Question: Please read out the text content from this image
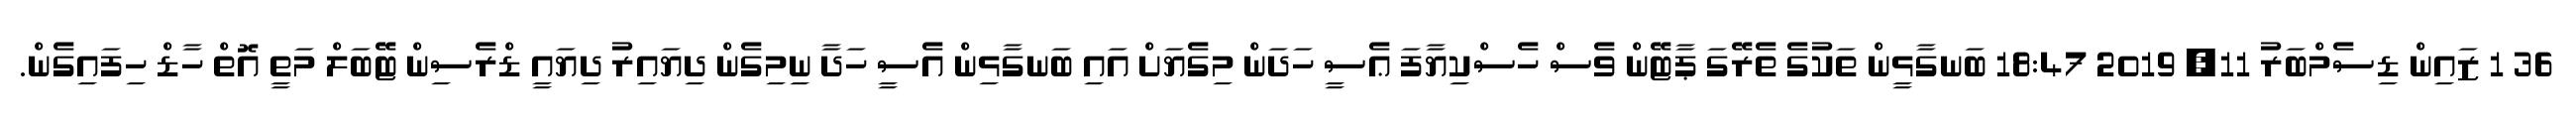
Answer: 36 1 ޒައިން ޑިސެމްބަރު 11, 2019 18:47 ބަނގާޅީން ތަކުގެ ތެރޭގަ ޕާޓޭން ވެސް ހެސްކިޔާފަ ޢެސީ ހަދަން މިގެޔަށް އައި ބަނގާޅިން އެސީ ހަދާ ނިމިގެން ދިޔައިރު ދިޔައީ ޑްރެސިން ޓޭބަލް މަތީ އޮތް ހާޑް ހިފައިގެން.